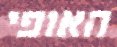
האופי